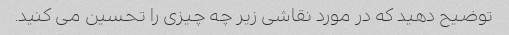
توضیح دهید که در مورد نقاشی زیر چه چیزی را تحسین می کنید.